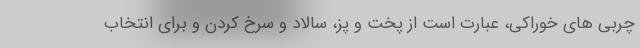
چربی های خوراکی، عبارت است از پخت و پز، سالاد و سرخ کردن و برای انتخاب